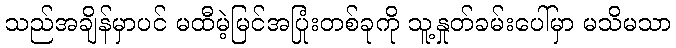
သည်အချိန်မှာပင် မထီမဲ့မြင်အပြုံးတစ်ခုကို သူ့နှုတ်ခမ်းပေါ်မှာ မသိမသာ